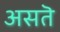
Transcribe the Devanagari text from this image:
असतॆ